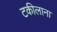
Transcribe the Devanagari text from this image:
टकीलाना